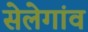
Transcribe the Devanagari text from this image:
सेलेगांव